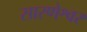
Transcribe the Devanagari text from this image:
सारणेश्वर